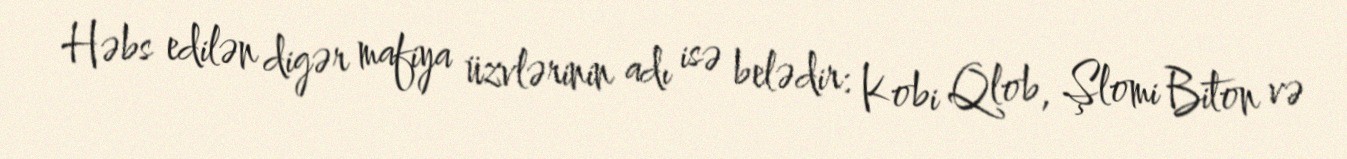
Həbs edilən digər mafiya üzvlərinin adı isə belədir: Kobi Qlob, Şlomi Biton və